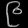
Digit: ၉